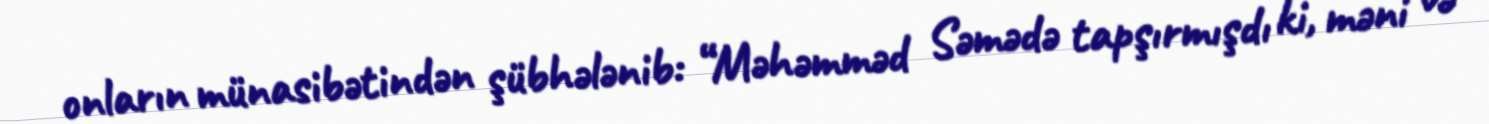
onların münasibətindən şübhələnib: “Məhəmməd Səmədə tapşırmışdı ki, məni və